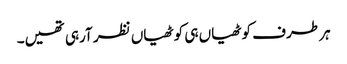
ہر طرف کوٹھیاں ہی کوٹھیاں نظر آرہی تھیں۔